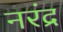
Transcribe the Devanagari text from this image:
नरंद्र